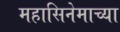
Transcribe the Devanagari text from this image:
महासिनेमाच्या